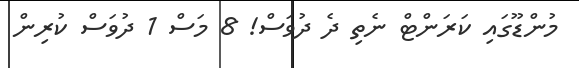
މުންޑޫގައި ކަރަންޓް ނެތި ދެ ދުވަސް! 8 މަސް 1 ދުވަސް ކުރިން